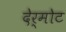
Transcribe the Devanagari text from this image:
देर्मोट